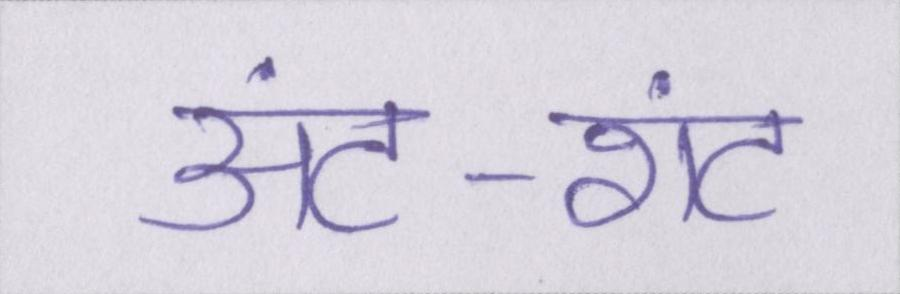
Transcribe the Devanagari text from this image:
अंट-शंट